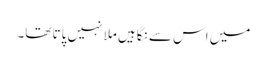
میں اس سے نگاہیں ملا نہیں پاتا تھا۔